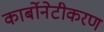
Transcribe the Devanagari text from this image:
कार्बोनेटीकरण